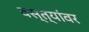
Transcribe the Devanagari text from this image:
वस्त्यांवर